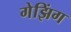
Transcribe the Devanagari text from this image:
गेझिंग